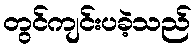
တွင်ကျင်းပခဲ့သည်